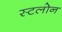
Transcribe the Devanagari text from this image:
स्टलोन